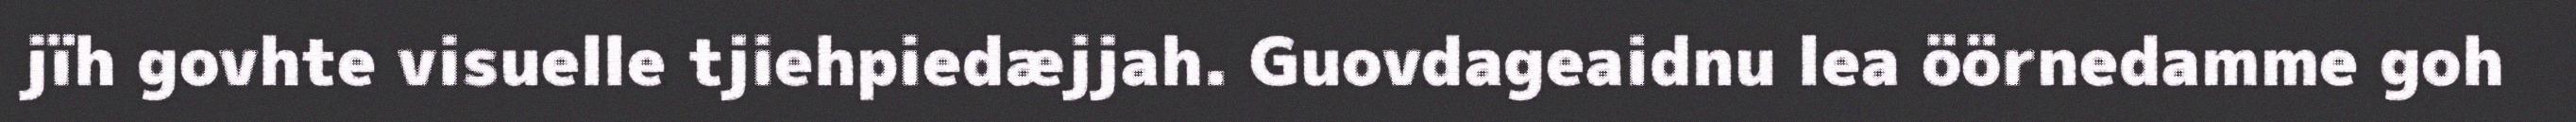
jïh govhte visuelle tjiehpiedæjjah. Guovdageaidnu lea öörnedamme goh